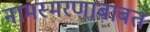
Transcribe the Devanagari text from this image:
नामस्मरणाबाबत